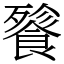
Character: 餮